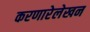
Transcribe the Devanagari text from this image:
करणारेलेखन